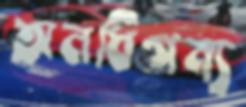
অনধিগম্য